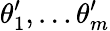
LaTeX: \theta_{1}^{\prime},\ldots\theta_{m}^{\prime}